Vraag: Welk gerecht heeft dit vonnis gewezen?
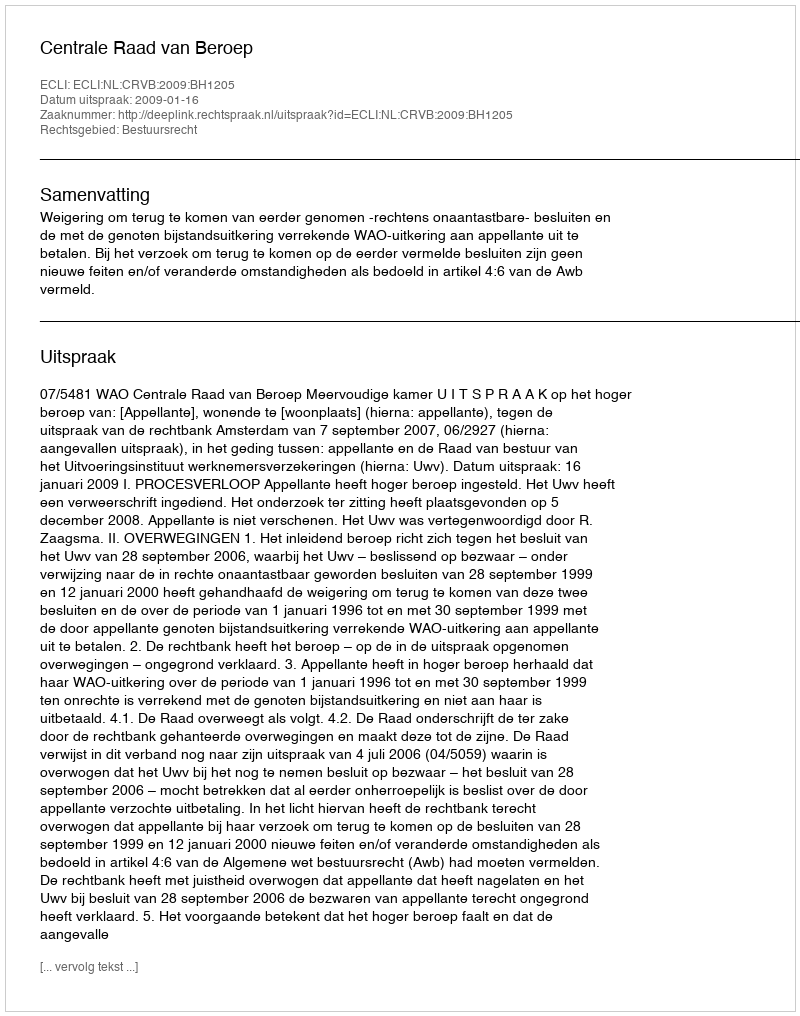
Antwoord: Centrale Raad van Beroep